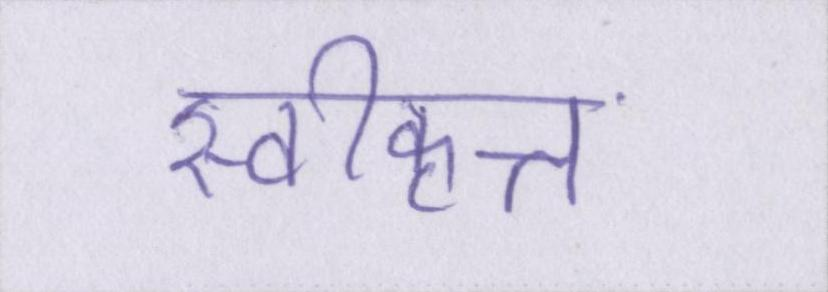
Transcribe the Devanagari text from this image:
स्वीकृत्त